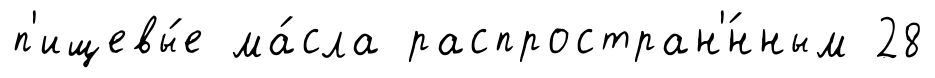
п'ищевы́е ма́сла распростран'́нным 28